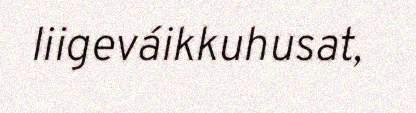
liigeváikkuhusat,